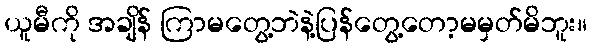
ယူမီကို အချိန် ကြာမတွေ့ဘဲနဲ့ပြန်တွေ့တော့မမှတ်မိဘူး။